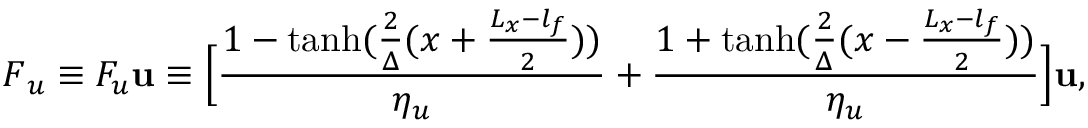
\boldsymbol { F } _ { u } \equiv F _ { u } \mathbf { u } \equiv \Big [ \frac { 1 - \operatorname { t a n h } ( \frac { 2 } { \Delta } ( x + \frac { L _ { x } - l _ { f } } { 2 } ) ) } { \eta _ { u } } + \frac { 1 + \operatorname { t a n h } ( \frac { 2 } { \Delta } ( x - \frac { L _ { x } - l _ { f } } { 2 } ) ) } { \eta _ { u } } \Big ] \mathbf { u } ,